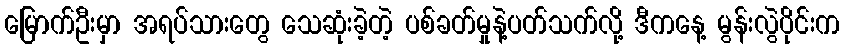
မြောက်ဦးမှာ အရပ်သားတွေ သေဆုံးခဲ့တဲ့ ပစ်ခတ်မှုနဲ့ပတ်သက်လို့ ဒီကနေ့ မွန်းလွဲပိုင်းက